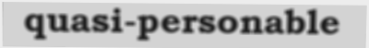
quasi-personable